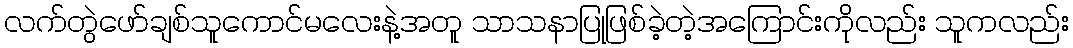
လက်တွဲဖော်ချစ်သူကောင်မလေးနဲ့အတူ သာသနာပြုဖြစ်ခဲ့တဲ့အကြောင်းကိုလည်း သူကလည်း